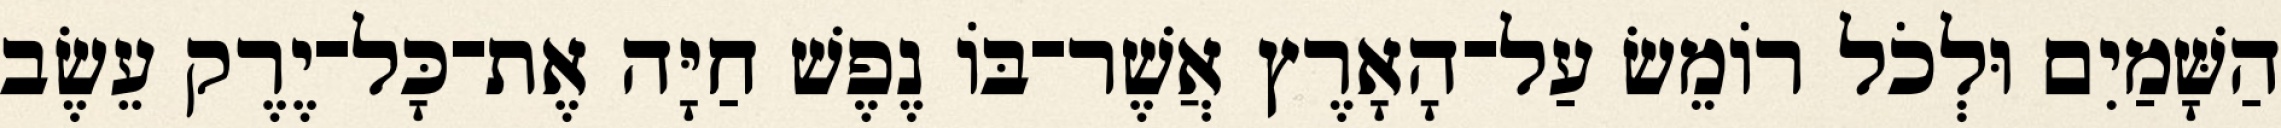
הַשָּׁמַיִם וּלְכֹל רֹומֵשׂ עַל־הָאָרֶץ אֲשֶׁר־בֹּו נֶפֶשׁ חַיָּה אֶת־כָּל־יֶרֶק עֵשֶׂב